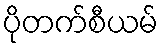
ပိုတက်စီယမ်